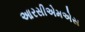
આરસીએમએસ